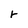
Character: r